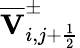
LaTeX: \overline{{\mathbf{V}}}_{i,j+\frac{1}{2}}^{\pm}